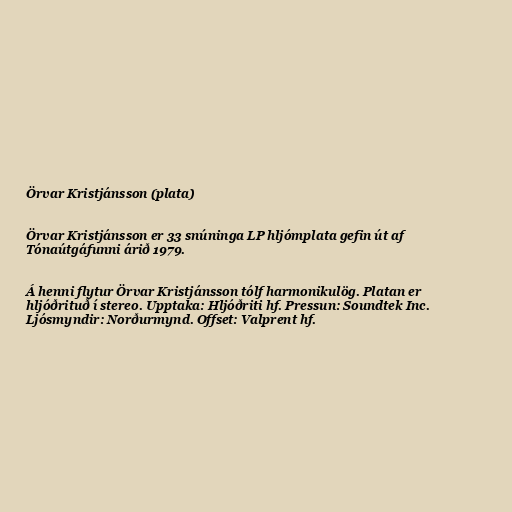
Örvar Kristjánsson (plata)

Örvar Kristjánsson er 33 snúninga LP hljómplata gefin út af
Tónaútgáfunni árið 1979.

Á henni flytur Örvar Kristjánsson tólf harmonikulög. Platan er
hljóðrituð í stereo. Upptaka: Hljóðriti hf. Pressun: Soundtek Inc.
Ljósmyndir: Norðurmynd. Offset: Valprent hf.